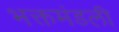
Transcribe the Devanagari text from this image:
भक्तमंडली